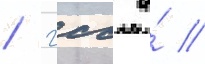
/ гсс а́ //